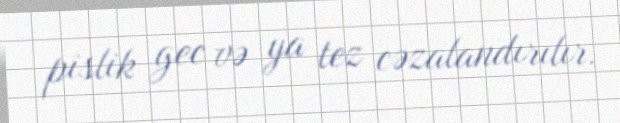
pislik gec və ya tez cəzalandırılır.